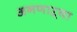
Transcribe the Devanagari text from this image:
अनणाऱ्या